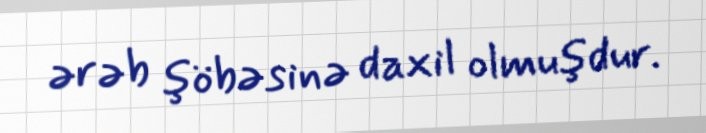
ərəb şöbəsinə daxil olmuşdur.